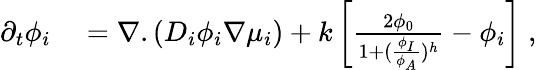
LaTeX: \begin{array}{rl}{\partial_{t}\phi_{i}}&{{}=\nabla.(D_{i}\phi_{i}\nabla\mu_{i})+k\left[\frac{2\phi_{0}}{1+(\frac{\phi_{I}}{\phi_{A}})^{h}}-\phi_{i}\right]\; ,}\end{array}